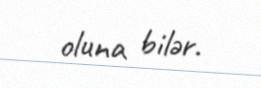
oluna bilər.